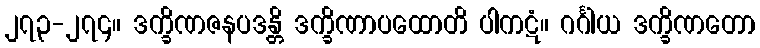
၂၇၃-၂၇၄။ ဒက္ခိဏဇနပဒန္တိ ဒက္ခိဏာပထောတိ ပါကဋံ။ ဂင်္ဂါယ ဒက္ခိဏတော